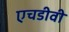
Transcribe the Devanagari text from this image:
एचडीवी